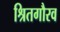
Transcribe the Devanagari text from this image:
श्रितगौरव